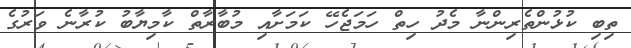
ތިބި ކުޅުންތެރިންނާ މެދު ހިތް ހަމަޖެހޭ ކަމަށާއި މުބާރާތް ކާމިޔާބު ކުރާނެ ވަރުގެ